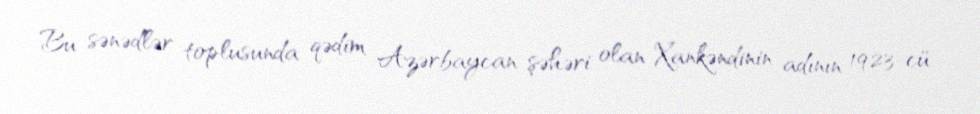
Bu sənədlər toplusunda qədim Azərbaycan şəhəri olan Xankəndinin adının 1923-cü